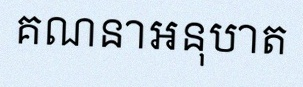
គណនាអនុបាត